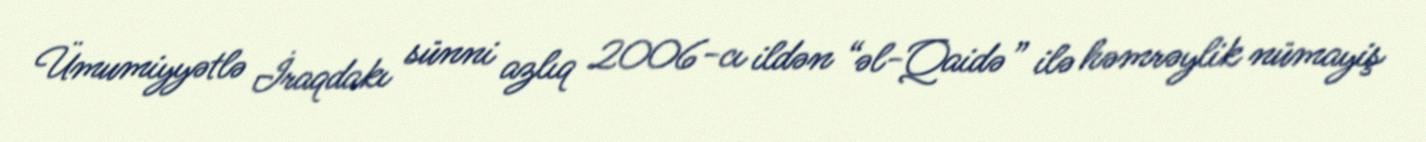
Ümumiyyətlə İraqdakı sünni azlıq 2006-cı ildən “əl-Qaidə” ilə həmrəylik nümayiş